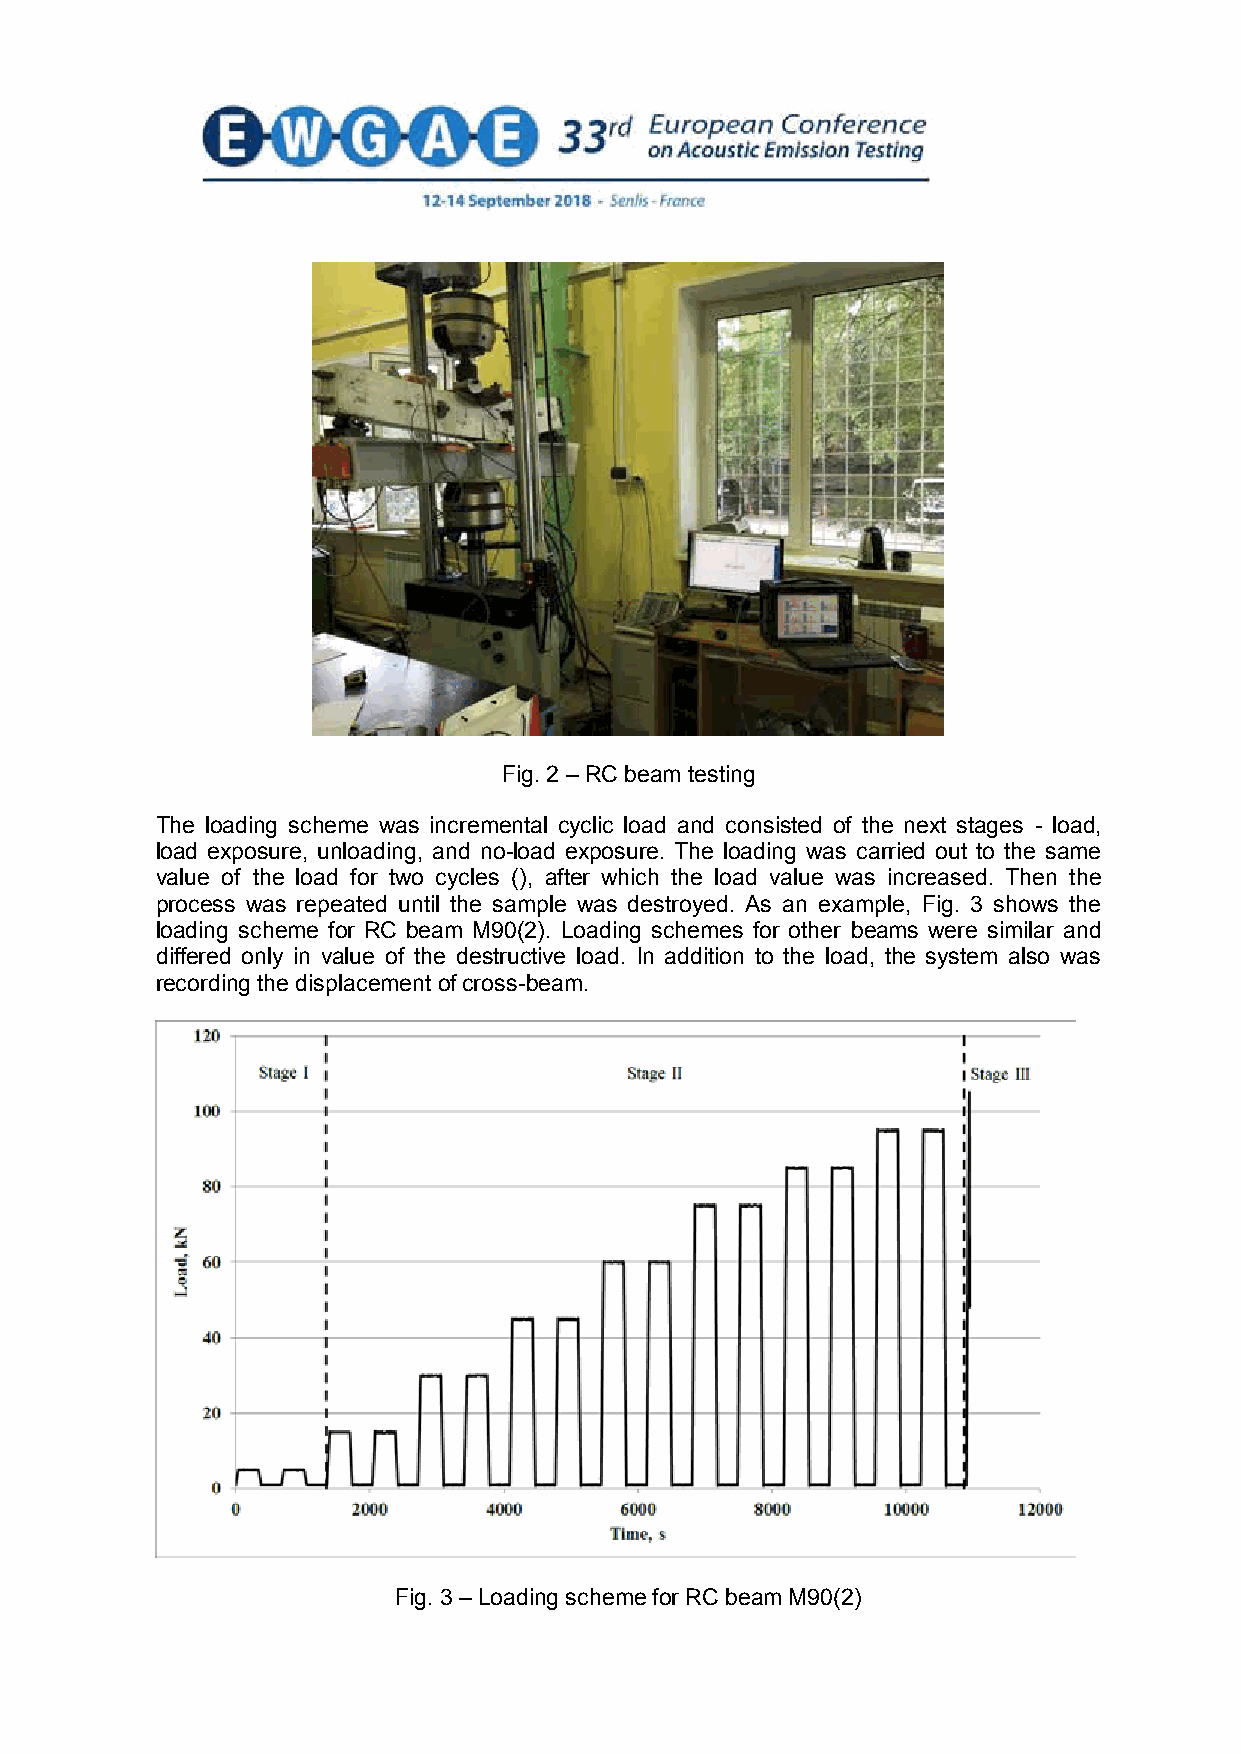
Fig. 2 – RC beam testing
 The loading scheme was incremental cyclic load and consisted of the next stages - load,
 load exposure, unloading, and no-load exposure. The loading was carried out to the same
 value of the load for two cycles (), after which the load value was increased. Then the
 process was repeated until the sample was destroyed. As an example, Fig. 3 shows the
 loading scheme for RC beam M90(2). Loading schemes for other beams were similar and
 differed only in value of the destructive load. In addition to the load, the system also was
 recording the displacement of cross-beam.
 Fig. 3 – Loading scheme for RC beam M90(2)